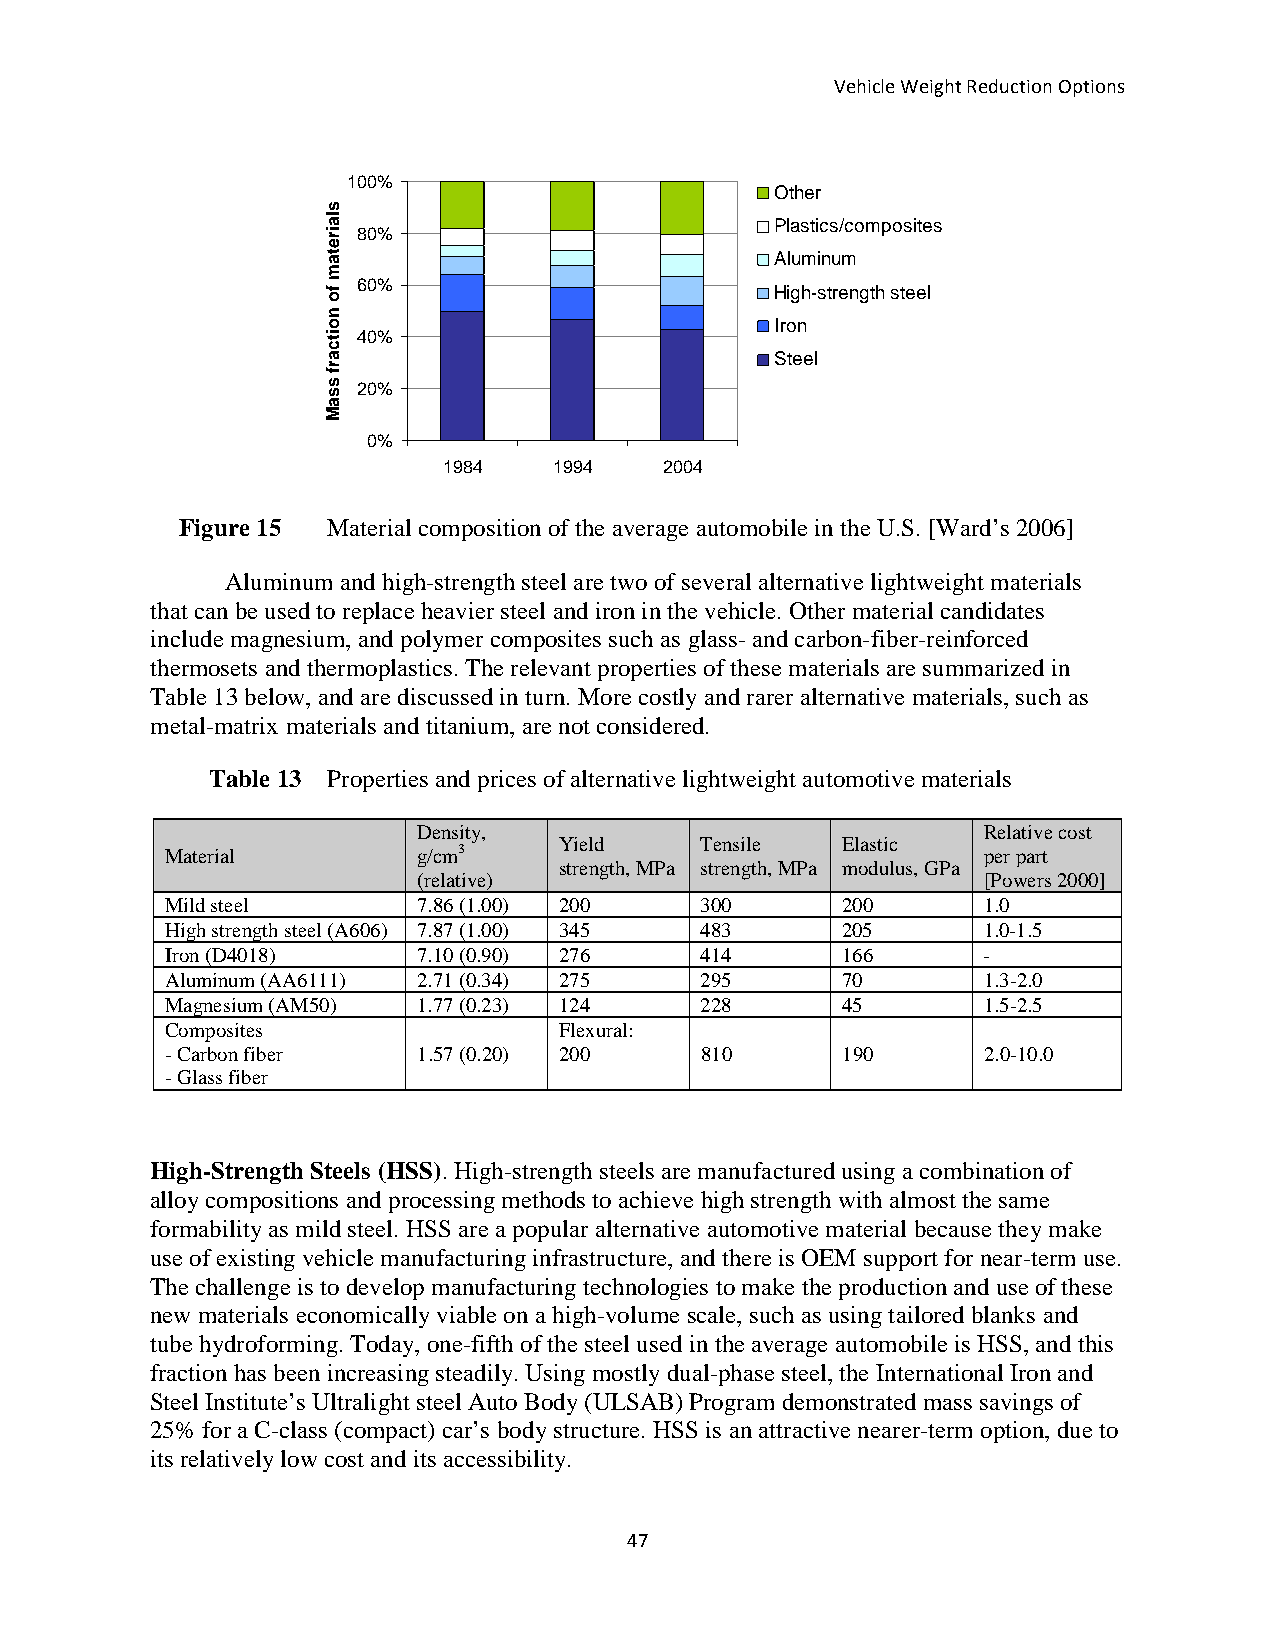
Vehicle Weight Reduction Options
 100%                        Other
 Plastics/composites
 80%
 Aluminum
 60%
 High-strength steel
 Iron
 40%
 Steel
 20%
 0%
 1984    1994   2004
 Figure 15 Material composition of the average automobile in the U.S. [Ward’s 2006]
 Aluminum and high-strength steel are two of several alternative lightweight materials
 that can be used to replace heavier steel and iron in the vehicle. Other material candidates
 include magnesium, and polymer composites such as glass- and carbon-fiber-reinforced
 thermosets and thermoplastics. The relevant properties of these materials are summarized in
 Table 13 below, and are discussed in turn. More costly and rarer alternative materials, such as
 metal-matrix materials and titanium, are not considered.
 Table 13 Properties and prices of alternative lightweight automotive materials
 Density,                             Relative cost
 Yield    Tensile   Elastic
 Material         g/cm3                                per part
 strength, MPa strength, MPa modulus, GPa
 (relative)                           [Powers 2000]
 Mild steel       7.86 (1.00) 200   300       200      1.0
 High strength steel (A606) 7.87 (1.00) 345 483 205    1.0-1.5
 Iron (D4018)     7.10 (0.90) 276   414       166      -
 Aluminum (AA6111) 2.71 (0.34) 275  295       70       1.3-2.0
 Magnesium (AM50) 1.77 (0.23) 124   228       45       1.5-2.5
 Composites                Flexural:
 - Carbon fiber   1.57 (0.20) 200   810       190      2.0-10.0
 - Glass fiber
 High-Strength Steels (HSS). High-strength steels are manufactured using a combination of
 alloy compositions and processing methods to achieve high strength with almost the same
 formability as mild steel. HSS are a popular alternative automotive material because they make
 use of existing vehicle manufacturing infrastructure, and there is OEM support for near-term use.
 The challenge is to develop manufacturing technologies to make the production and use of these
 new materials economically viable on a high-volume scale, such as using tailored blanks and
 tube hydroforming. Today, one-fifth of the steel used in the average automobile is HSS, and this
 fraction has been increasing steadily. Using mostly dual-phase steel, the International Iron and
 Steel Institute’s Ultralight steel Auto Body (ULSAB) Program demonstrated mass savings of
 25% for a C-class (compact) car’s body structure. HSS is an attractive nearer-term option, due to
 its relatively low cost and its accessibility.
 47
 __slairetam
 fo
 noitcarf
 ssaM